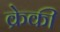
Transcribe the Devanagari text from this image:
क्रेकी